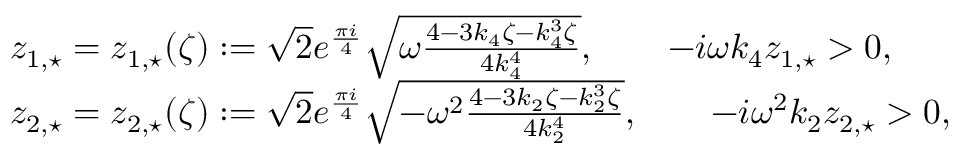
\begin{array} { r l } & { z _ { 1 , \star } = z _ { 1 , \star } ( \zeta ) : = \sqrt { 2 } e ^ { \frac { \pi i } { 4 } } \sqrt { \omega \frac { 4 - 3 k _ { 4 } \zeta - k _ { 4 } ^ { 3 } \zeta } { 4 k _ { 4 } ^ { 4 } } } , \qquad - i \omega k _ { 4 } z _ { 1 , \star } > 0 , } \\ & { z _ { 2 , \star } = z _ { 2 , \star } ( \zeta ) : = \sqrt { 2 } e ^ { \frac { \pi i } { 4 } } \sqrt { - \omega ^ { 2 } \frac { 4 - 3 k _ { 2 } \zeta - k _ { 2 } ^ { 3 } \zeta } { 4 k _ { 2 } ^ { 4 } } } , \qquad - i \omega ^ { 2 } k _ { 2 } z _ { 2 , \star } > 0 , } \end{array}